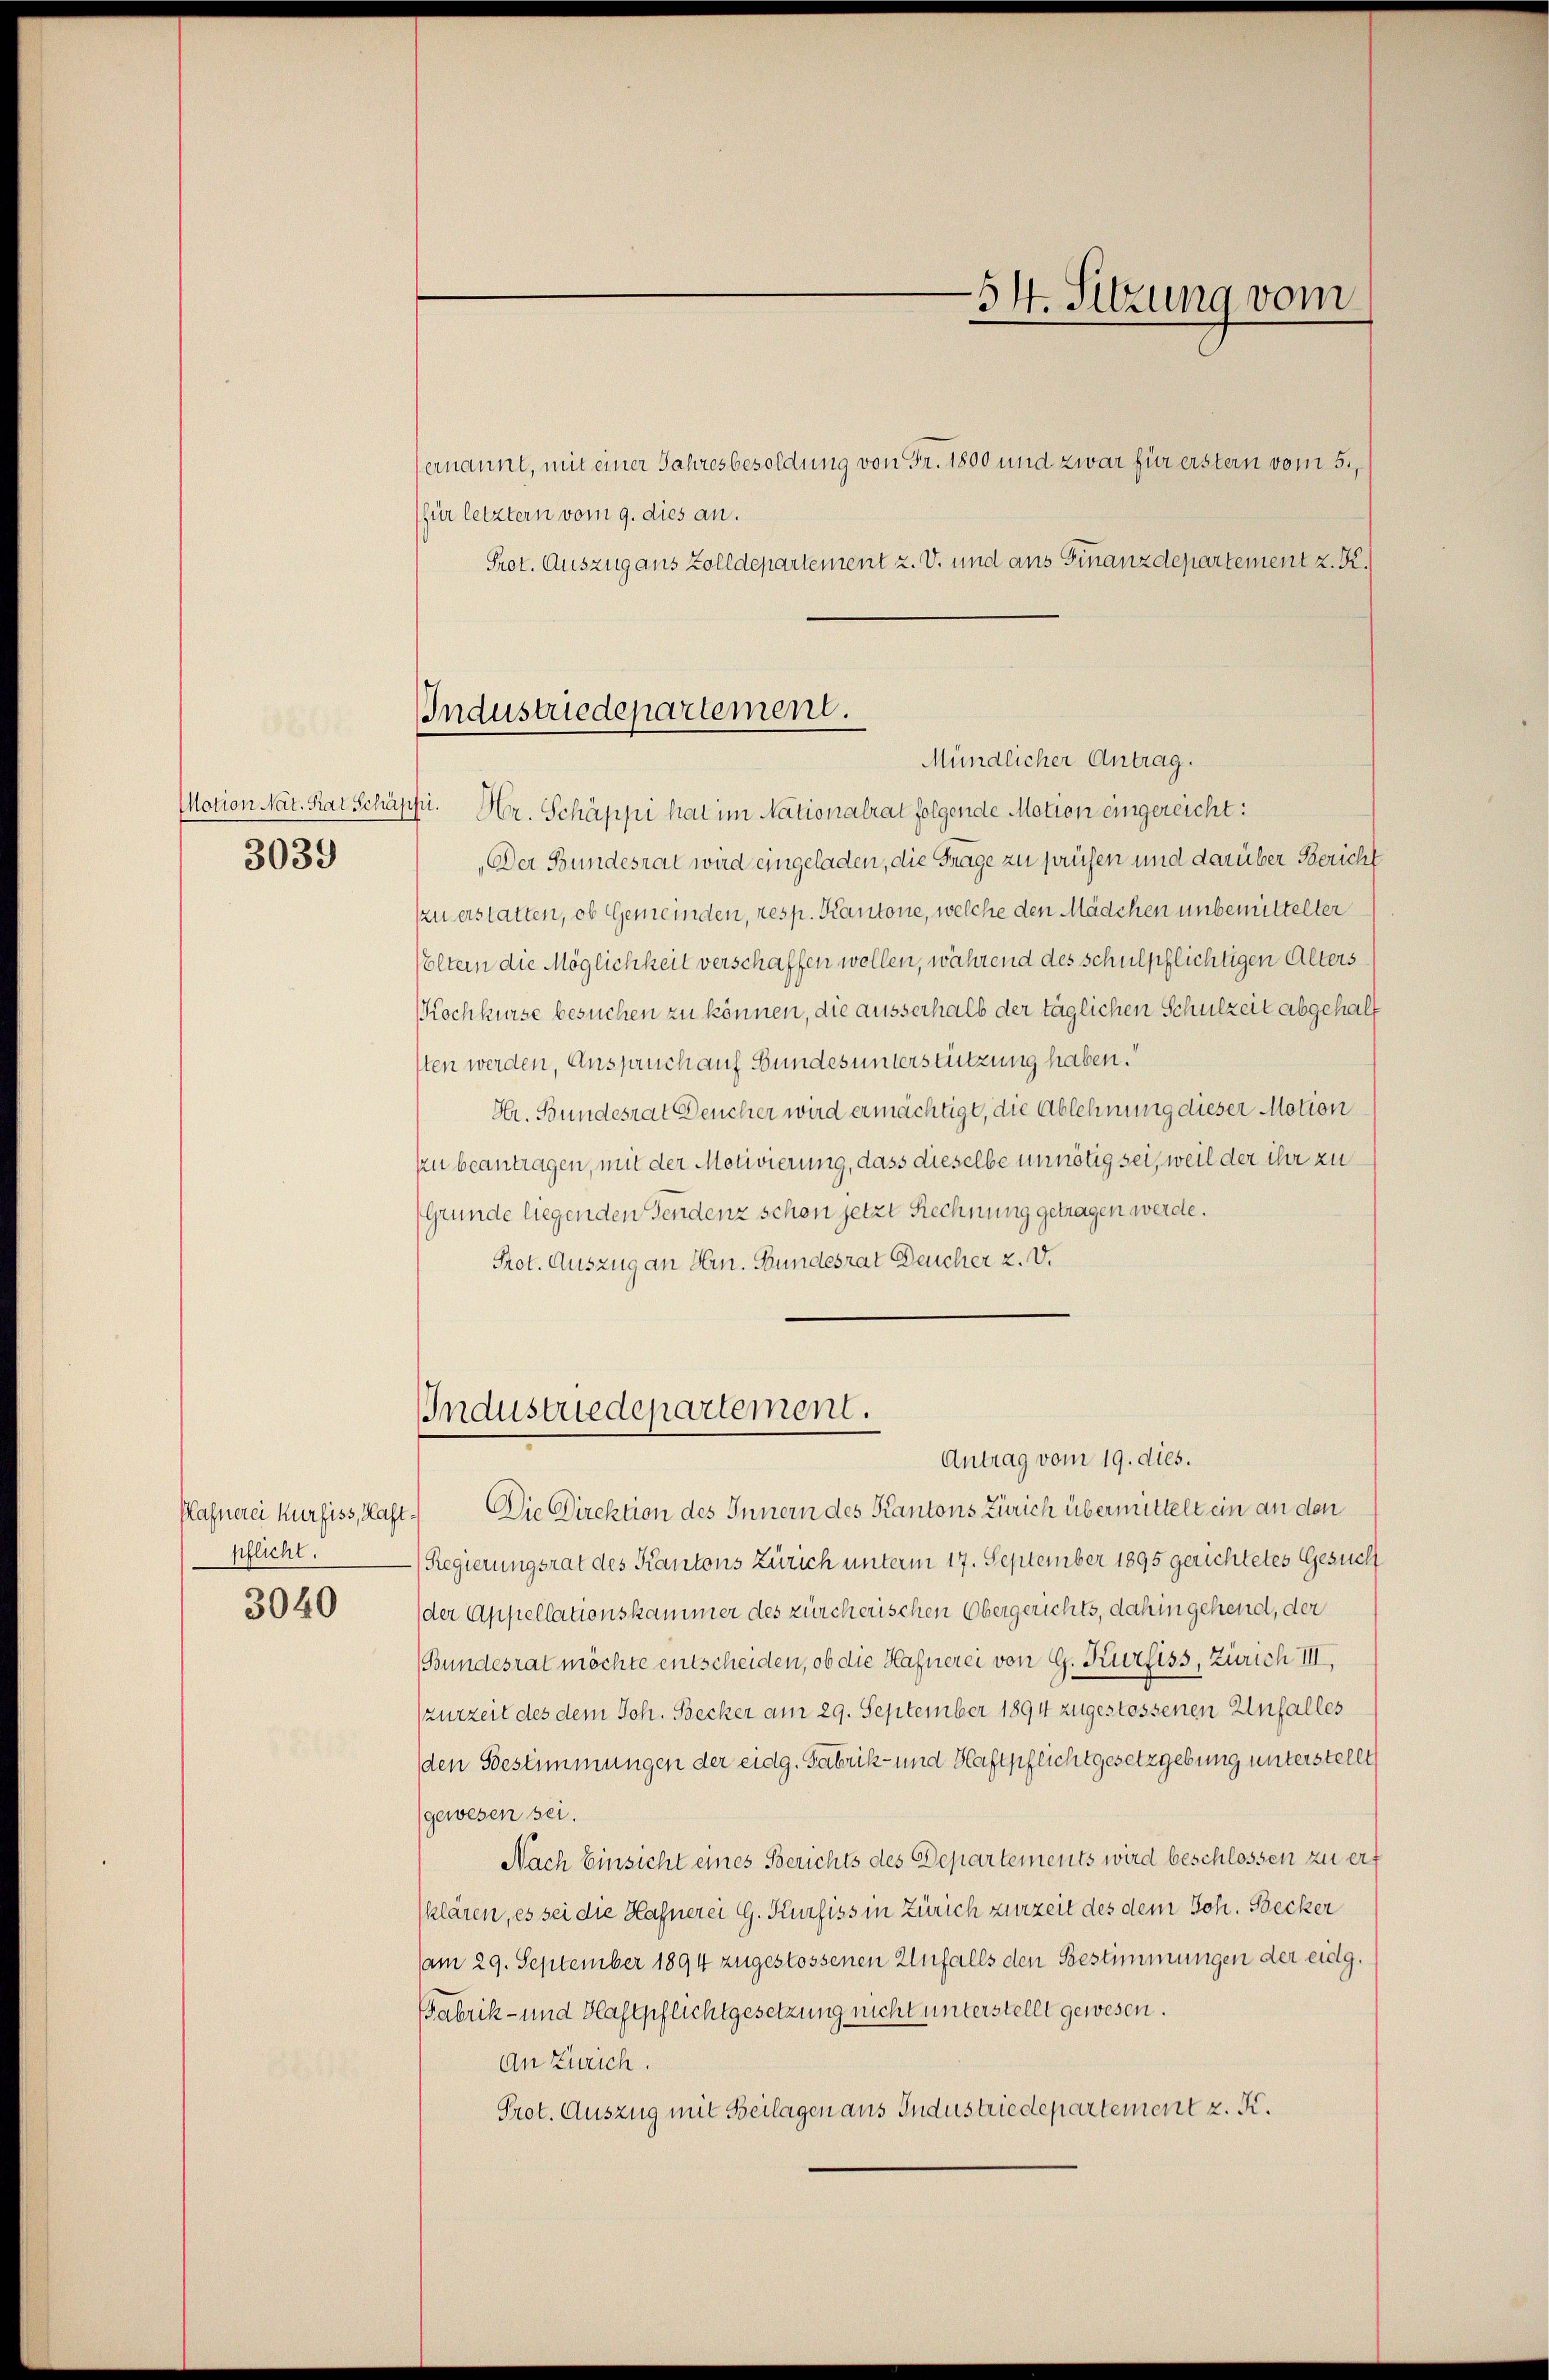
3039

ernannt, mit einer Jahresbesoldung von Fr. 1800 und zwar für erstern vom 5.
(für letztern vom 9. dies an.
Prot. Auszug aus Zolldepartement z. V. und aus Finanzdepartement z. K.
Industriedepartement.

pflicht.

3040

54. Sitzung vom

Mündlicher Antrag.

Motion Nat. Rat Schäppi. Hr. Schäppi hat im Nationalrat folgende Motion eingereicht:
Der Bundesrat wird eingeladen, die Frage zu prüsen und darüber Bericht
zzu erstatten, ob Gemeinden, resp. Kantone, welche den Mädchen unbemittelter
Poltern die Möglichkeit verschaffen wollen, während des schulpflichtigen Alters
Kochkurse besuchen zu können, die ausserhalb der täglichen Schulzeit abgehalf
sten werden, Anspruch auf Bundes unterstützung haben.“
Hr. Bundesrat Deucher wird ermächtigt, die Ablehnung dieser Motion
zu beantragen, mit der Motivierung, dass dieselbe unnötig sei, weil der ihr zu
Grunde liegenden Tendenz schon jetzt Rechnung getragen werde.
Prot. Auszug an Hrn. Bundesrat Deucher 2. V.

Industriedepartement.

Antrag vom 19. dies.
Hafnerei Kurfiss, Kast. Die Direktion des Innern des Kantons Zürich übermittelt ein an den
Regierungsrat des Kantons Zürich unterm 17. September 1895 gerichtetes Gesuch
der Appellationskammer des zürcherischen Obergerichts, dahin gehend, der
Bundesrat möchte entscheiden, ob die Hafnerei von G. Kurfiss, Zürich III,
zurzeit des dem Joh. Becker am 29. September 1894 zugestossenen Unfalles
den Bestimmungen der eidg. Fabrik- und Haftpflicht gesetzgebung unterstellt
(gewesen sei.
Nach Einsicht eines Berichts des Departements wird beschlossen zu ert
klären, es sei die Hafnerei G. Kurfiss in Zürich zurzeit des dem Joh. Becker
am 29. September 1894 zugestossenen Unfalls den Bestimmungen der eidg.
Fabrik- und Haftpflichtgesetzung nicht unterstellt gewesen.
An Zürich.
Prot. Auszug mit Beilagen aus Industriedepartement z. K.